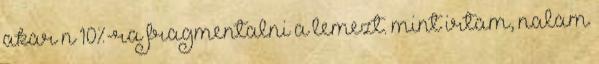
akar n 10%-ra fragmentalni a lemezt. mint irtam, nalam